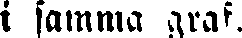
i samma graf.